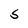
Character: S